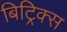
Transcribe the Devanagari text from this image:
बिट्रिक्स